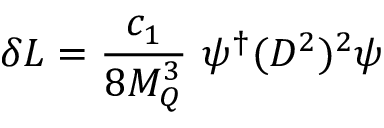
\delta { \cal L } = { \frac { c _ { 1 } } { 8 M _ { Q } ^ { 3 } } } ~ \psi ^ { \dagger } ( D ^ { 2 } ) ^ { 2 } \psi